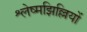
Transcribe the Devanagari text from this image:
श्लेष्मझिल्लियों